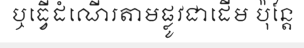
ឬធ្វើដំណើរតាមផ្លូវជាដើម ប៉ុន្តែ